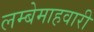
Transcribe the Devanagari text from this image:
लम्बेमाहवारी